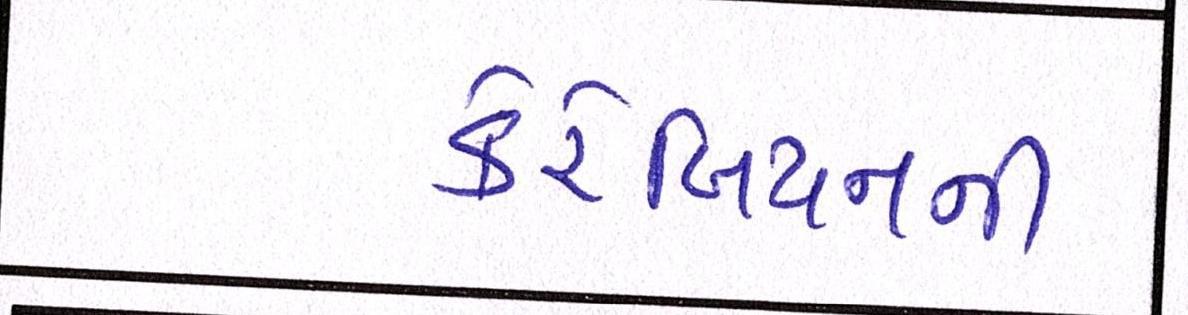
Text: કેરેબિયનની